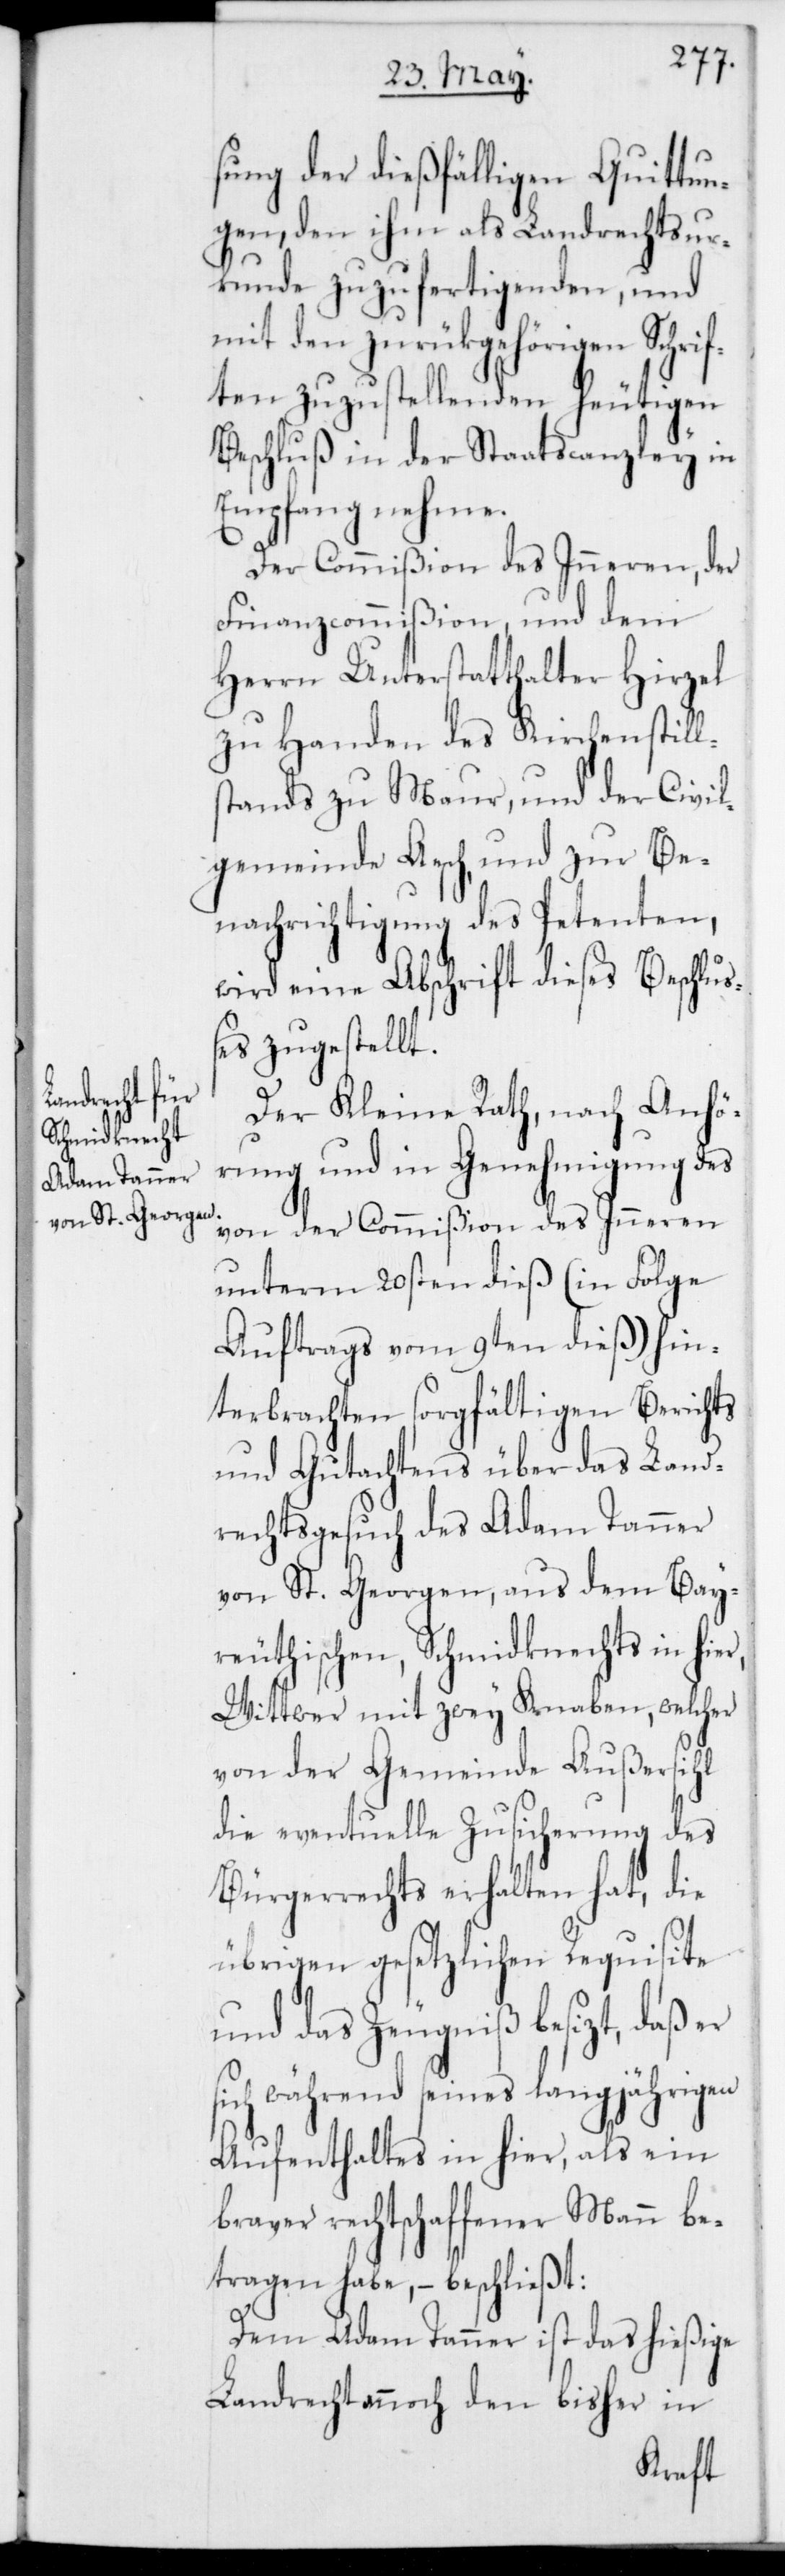
sung der dießfälligen Quittun¬
gen, den ihm als Landrechtsur¬
kunde zuzufertigenden, und
mit den zurückgehörigen Schrif¬
ten zuzustellenden heutigen
Beschluß in der Staatscanzley in
Empfang nehme.
Der Commißion des Inneren, der
Finanzcommißion, und dem
Herrn Unterstatthalter Hirzel
zu Handen des Kirchenstill¬
stands zu Maur, und der Civil¬
gemeinde Aesch, und zur Be¬
nachrichtigung des Petenten,
wird eine Abschrift dieses Beschluß¬
es zugestellt.
Der Kleine Rath, nach Anhö¬
rung und in Genehmigung des
von der Commißion des Inneren
unterm 20sten dieß (in Folge
Auftrags vom 9ten dieß) hin¬
terbrachten sorgfältigen Berichts
und Gutachtens über das Land¬
rechtsgesuch des Adam Tanner
von St. Georgen, aus dem Bay¬
reuthischen, Schmidknechts in hier,
Wittwer mit zwey Knaben, welcher
von der Gemeinde Außersihl
die eventuelle Zusicherung des
Bürgerrechts erhalten hat, die
übrigen gesetzlichen Requisite[n]
und das Zeugniß besizt, daß er
sich während seines langjährigen
Aufenthaltes in hier, als ein
braver rechtschaffener Mann be¬
tragen habe, – beschließt:
Dem Adam Tanner ist das hießige
Landrecht annoch den bisher in